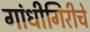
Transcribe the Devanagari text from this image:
गांधीगिरीचे